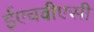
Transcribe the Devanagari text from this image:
ईएचवीएसी